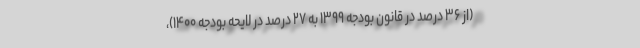
(از ۳۶ درصد در قانون بودجه ۱۳۹۹ به ۲۷ درصد در لایحه بودجه ۱۴۰۰)،